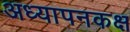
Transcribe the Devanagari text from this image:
अध्यापनकक्ष